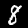
Label: 8